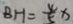
B H = \frac { 4 } { 5 } x